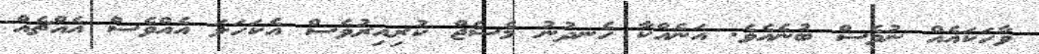
ވާހަކައެއް ނުވެސް ބުނެއެވެ. އަނެއްކާ ހެނދުނު މެސެޖް ކުރިއިރުވެސް އެކަހަލަ އެއްވެސް އެއްޗެއް